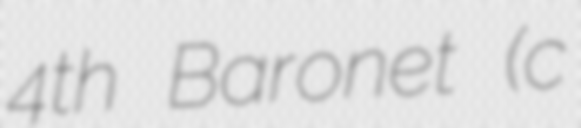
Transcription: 4th Baronet (c